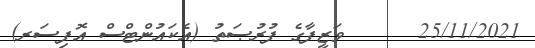
25/11/2021      ވަޒީފާގެ ފުރުޞަތު (އެކައުންޓްސް އޮފިސަރ)